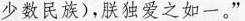
少数民族)，朕独爱之如一。”